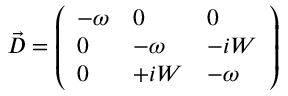
\vec { D } = \left( \begin{array} { l l l } { - { \omega } } & { 0 } & { 0 } \\ { 0 } & { - { \omega } } & { - i W } \\ { 0 } & { + i W } & { - { \omega } } \end{array} \right)